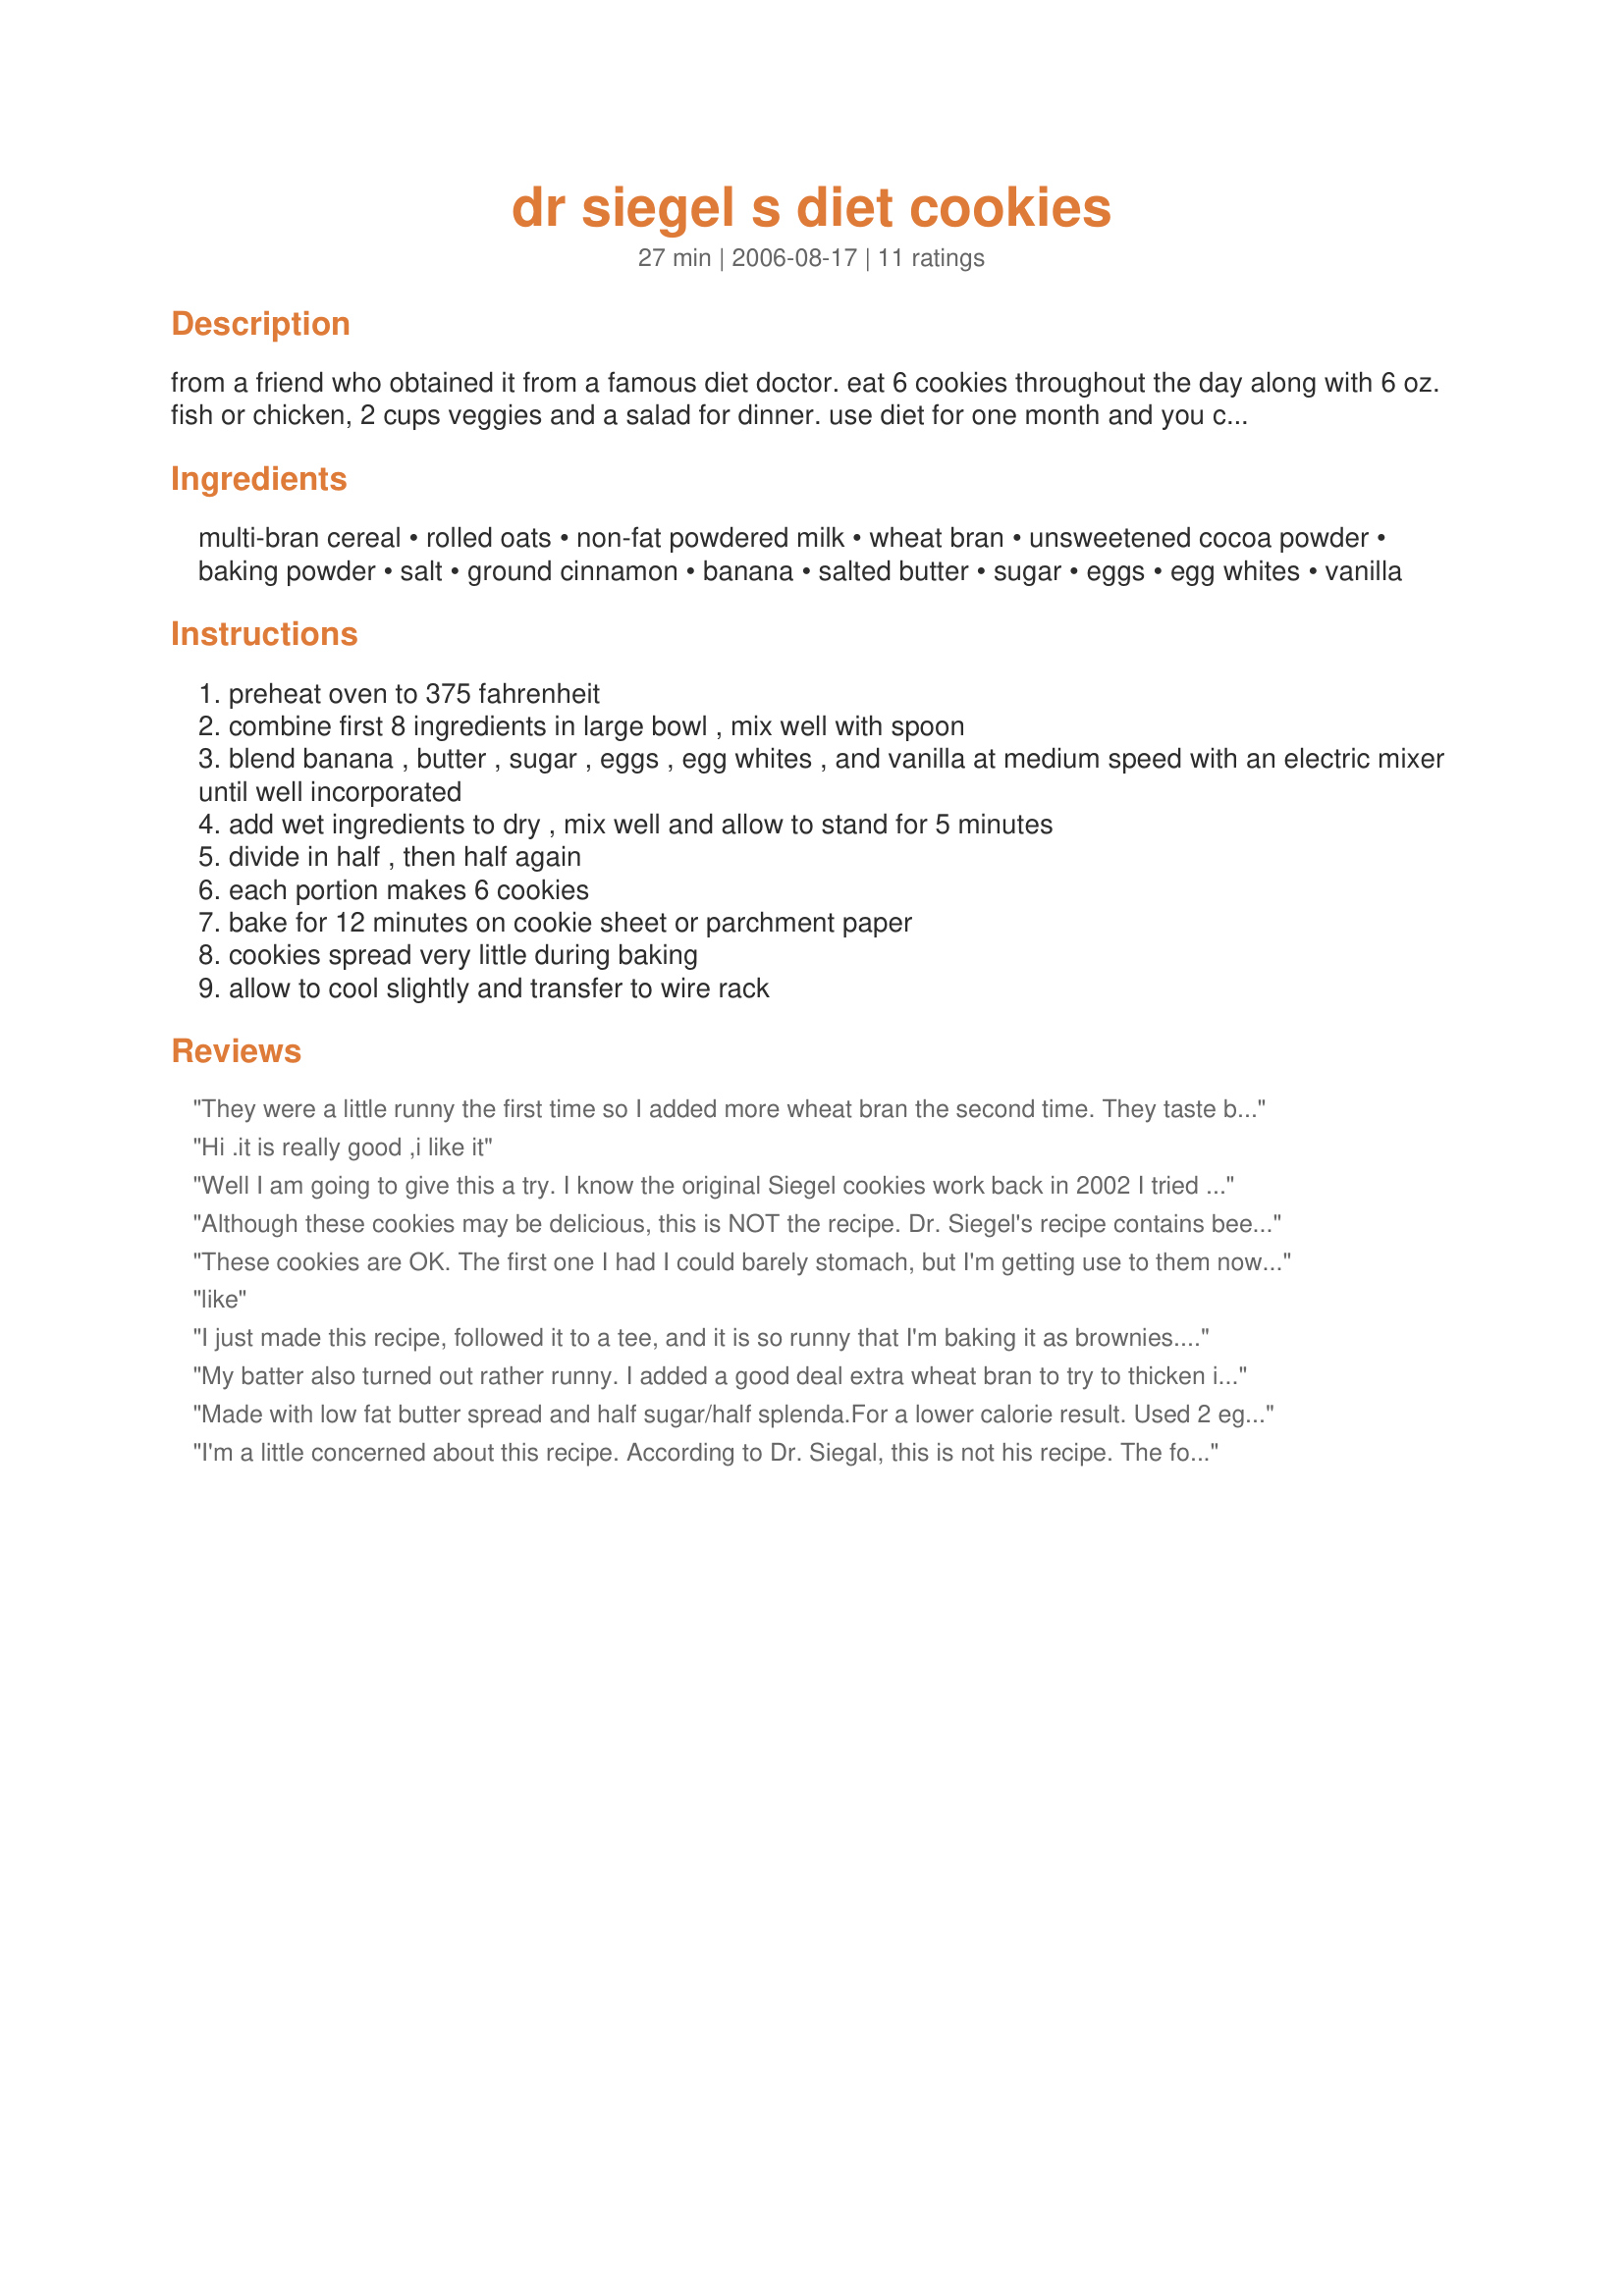
dr siegel s diet cookies
Preparation time: 27 minutes

from a friend who obtained it from a famous diet doctor. eat 6 cookies throughout the day along with 6 oz. fish or chicken, 2 cups veggies and a salad for dinner. use diet for one month and you can expect a 15 lb. weight loss. i tried them and they are tasty but would add maybe add 1/2 cup of spenda and more spices next time! they do fill you up!! can't vouch for weight loss yet but sounds like it will work!!!

Ingredients:
multi-bran cereal, rolled oats, non-fat powdered milk, wheat bran, unsweetened cocoa powder, baking powder, salt, ground cinnamon, banana, salted butter, sugar, eggs, egg whites, vanilla

Steps:
preheat oven to 375 fahrenheit
combine first 8 ingredients in large bowl , mix well with spoon
blend banana , butter , sugar , eggs , egg whites , and vanilla at medium speed with an electric mixer until well incorporated
add wet ingredients to dry , mix well and allow to stand for 5 minutes
divide in half , then half again
each portion makes 6 cookies
bake for 12 minutes on cookie sheet or parchment paper
cookies spread very little during baking
allow to cool slightly and transfer to wire rack

Reviews:
They were a little runny the first time so I added more wheat bran the second time. They taste better than the cookies from the smart for life center but they seem high in sugar. I think I will try to cut that down next time. In any case I lost weight and they kept me satsified all day. I plan to make them once a week to supplement the expensive ($55 a week) diet center cookies.
Hi .it is really good ,i like it
Well I am going to give this a try. I know the original Siegel cookies work back in 2002 I tried them and I lost 45 lbs in and out a month and a half. Yes Dr. Siegel uses Beef protein but that isn&#039;t something
Although these cookies may be delicious, this is NOT the recipe. Dr. Siegel's recipe contains beef in it (yeah - look at the box). I'm looking for the AUTHENTIC recipe. Guess I'll have to try to come up with one on my own.
These cookies are OK. The first one I had I could barely stomach, but I'm getting use to them now. They definitely do make you feel full though! I substituted Splenda for the sugar to cut down calories. I'm going to add another banana next time to see if it makes it any better.
like
I just made this recipe, followed it to a tee, and it is so runny that I'm baking it as brownies. Will judge the taste after finishing. How can cookies be made with these ingredients?
My batter also turned out rather runny. I added a good deal extra wheat bran to try to thicken it up enough to be scooped. They turned out pretty rubbery (probably because of all the extra bran?) and taste like a banana bran muffin. Hopefully they will help me lose weight... if I can stomach them for long enough.
Made with low fat butter spread and half sugar/half splenda.For a lower calorie result. Used 2 eggs and 4 egg whites. Turned out OK
I'm a little concerned about this recipe. According to Dr. Siegal, this is not his recipe. The following link should explain. 
http://thyroid.about.com/gi/dynamic/offsite.htm?site=http://www.thyroid%2Dinfo.com/dietnews/5apr.htm%236
Amazing cookies. With these changes, there are 75 calories per cookie: add 1/4 tsp more cinnamon and 1 Tbsp more cocoa. Add 1/2 tsp ground cloves and 1/2 cup unsweetened applesauce. Use Splenda baking blend instead of sugar. With a small ice cream scoop, the recipe always makes 28 cookies for me.

I eat 6 of these a day (plus a beverage with each one) and 750 calories of other food, and the scale gives me a new, better number almost every day. I'm never hungry. This is a diet I can stick with for as long as it takes. Even after I reach my goal weight, these cookies will be my snack of choice. I keep some in my purse at all times.
